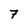
Character: 7